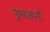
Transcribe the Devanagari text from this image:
पुष्कळांनीं